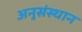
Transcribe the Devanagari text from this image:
अनुसंस्थान